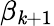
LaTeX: \beta_{\mathit{k}+1}